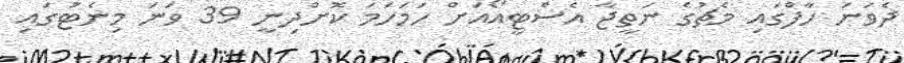
ދެވަނަ ހާފްގައި މެޗުގެ ނަތީޖާ އެސްޓީއޯއަށް ހަމަހަމަ ކޮށްދިނީ 39 ވަނަ މިނެޓުގައި